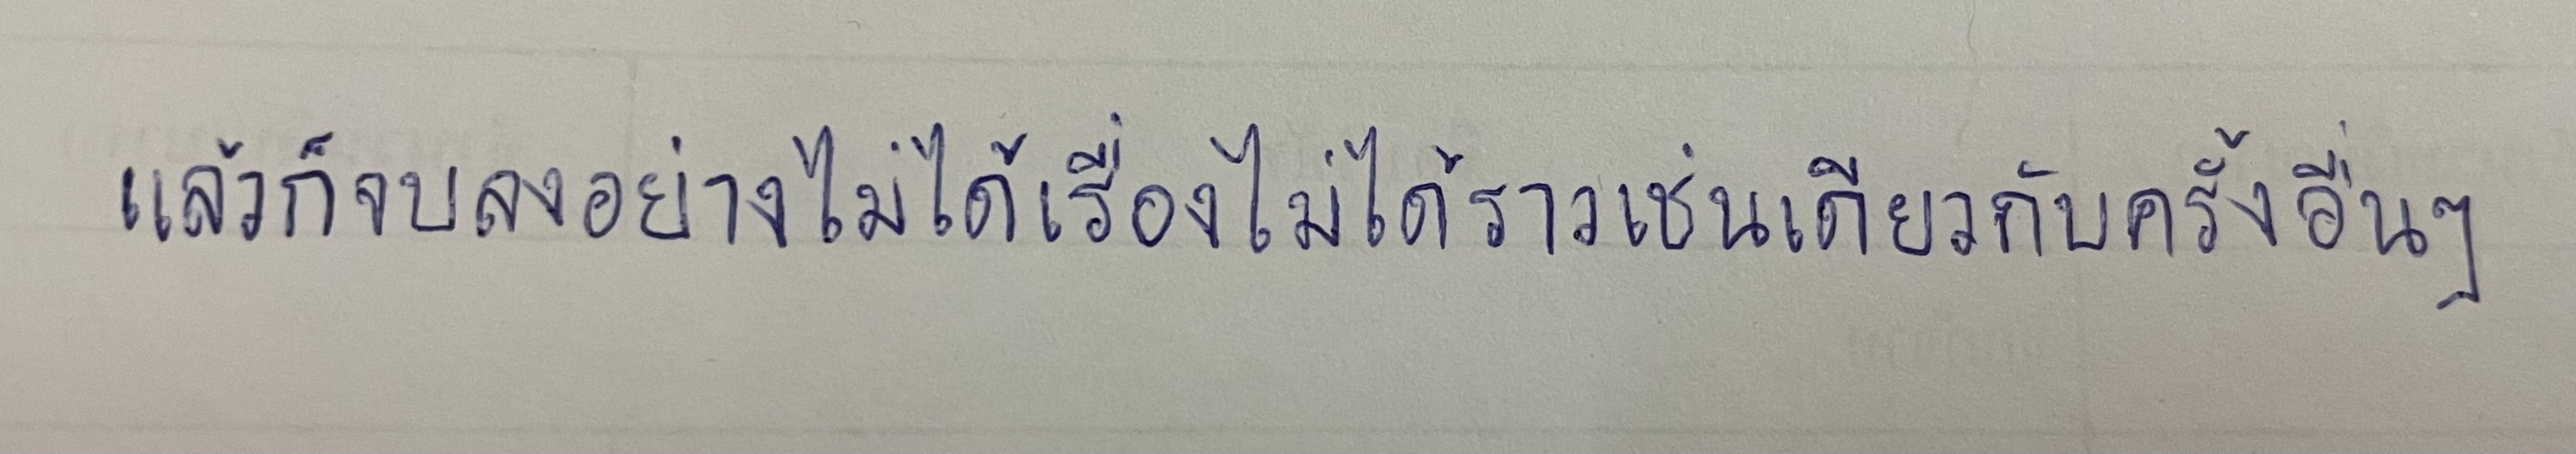
แล้วก็จบลงอย่างไม่ได้เรื่องไม่ได้ราวเช่นเดียวกับครั้งอื่นๆ